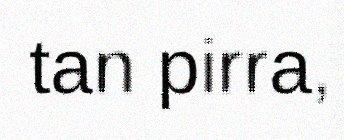
tan pirra,